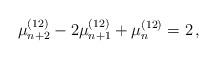
LaTeX: \begin{align*}\mu_{n+2}^{(12)} - 2 \mu_{n+1}^{(12)} + \mu_n^{(12)} = 2 \,,\end{align*}